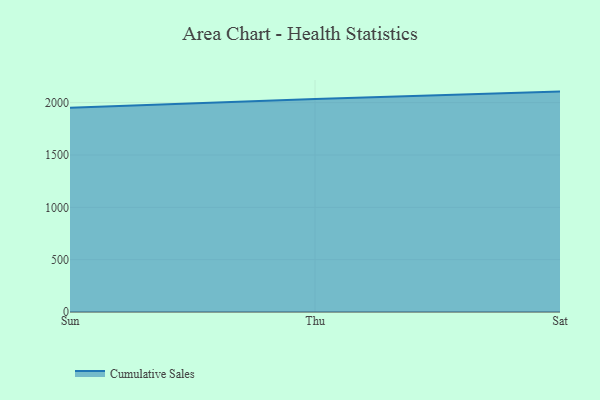
{"axis": {"x": "Day", "y": "Temperature (°C)"}, "legend": ["Cumulative Sales"], "data": [{"x": "Sun", "y": 1952.2, "type": "Cumulative Sales"}, {"x": "Thu", "y": 2035.3, "type": "Cumulative Sales"}, {"x": "Sat", "y": 2105.4, "type": "Cumulative Sales"}]}